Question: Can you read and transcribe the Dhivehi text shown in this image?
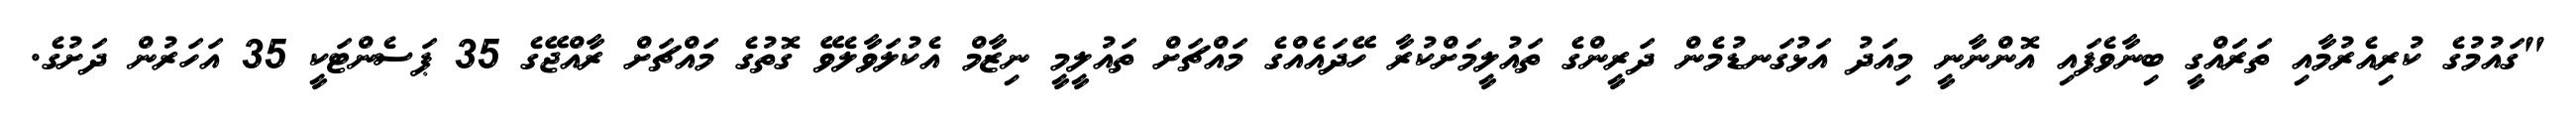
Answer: "ގައުމުގެ ކުރިއެރުމާއި ތަރައްގީ ބިނާވެފައި އޮންނާނީ މިއަދު އަޅުގަނޑުމެން ދަރީންގެ ތައުލީމަށްކުރާ ހޭދައެއްގެ މައްޗަށް ތައުލީމީ ނިޒާމް އެކުލަވާލެވޭ ގޮތުގެ މައްޗަށް ރާއްޖޭގެ 35 ޕަސެންޓަކީ 35 އަހަރުން ދަށުގެ.